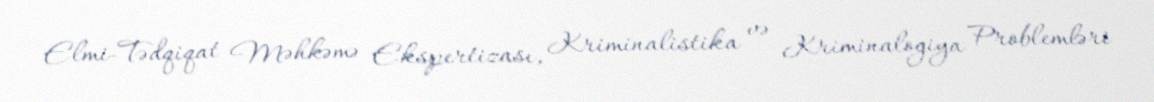
Elmi-Tədqiqat Məhkəmə Ekspertizası, Kriminalistika və Kriminalogiya Problemləri